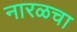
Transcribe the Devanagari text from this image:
नारळचा